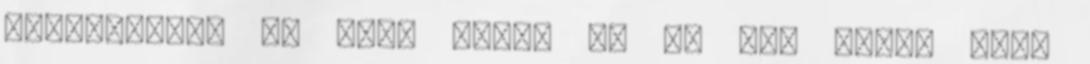
lehetetlen, de mint írtam én is azt kérem hogy